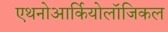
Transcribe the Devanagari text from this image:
एथनोआर्कियोलॉजिकल